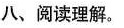
八、阅读理解.